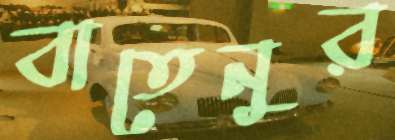
বাতেনুর